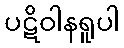
ပဋိဝါနရူပါ